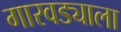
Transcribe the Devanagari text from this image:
गारवड्याला